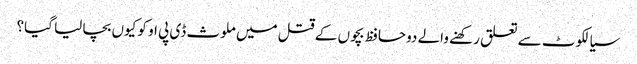
سیالکوٹ سے تعلق رکھنے والے دوحافظ بچوں کے قتل میں ملوث ڈی پی او کو کیوں بچا لیا گیا؟